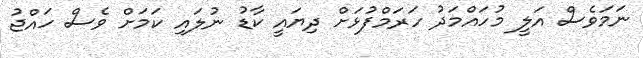
ނަމަވެސް އަލީ މުހައްމަދު ހަރަމްފުޅަށް ދިޔައީ ކާޑު ނުލައި ކަމަށް ވެސް ހައްޖު